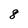
Character: 8